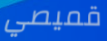
قميصي